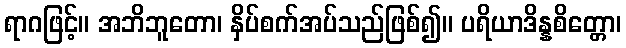
ရာဂဖြင့်။ အဘိဘူတော၊ နှိပ်စက်အပ်သည်ဖြစ်၍။ ပရိယာဒိန္နစိတ္တော၊